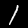
Label: 1